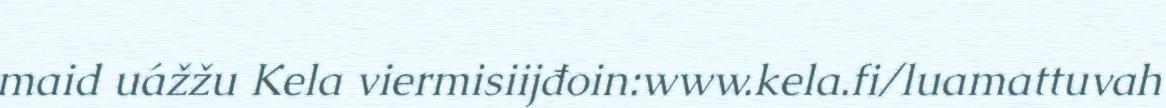
maid uážžu Kela viermisiijđoin:www.kela.fi/luamattuvah